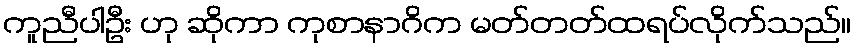
ကူညီပါဦး ဟု ဆိုကာ ကုစာနာဂိက မတ်တတ်ထရပ်လိုက်သည်။